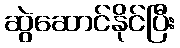
ဆွဲဆောင်နိုင်ပြီး